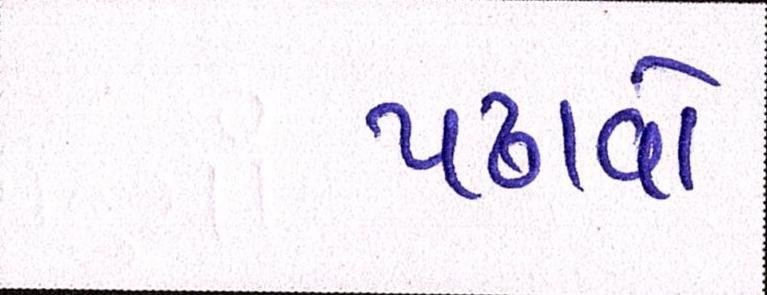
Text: પઢાવો